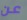
عن